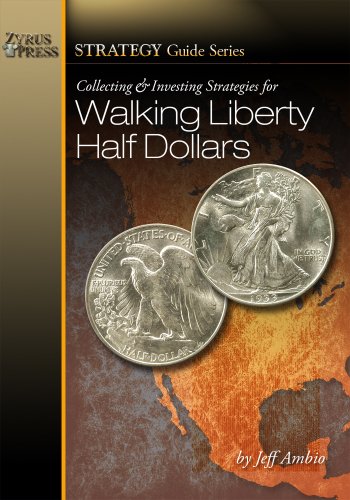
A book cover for Collecting and Investing Strategies for Walking Liberty Half Dollars (Strategy Guide Series); Jeff Ambio; Crafts, Hobbies & Home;